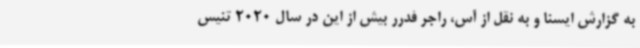
به گزارش ایسنا و به نقل از آس، راجر فدرر بیش از این در سال 2020 تنیس